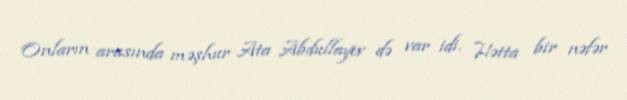
Onların arasında məşhur Ata Abdullayev də var idi. Hətta bir nəfər